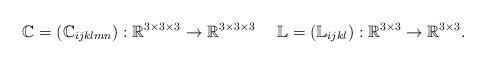
LaTeX: \begin{align*} \mathbb{C}=(\mathbb{C}_{ijklmn}):\mathbb{R}^{3\times3\times 3}\rightarrow\mathbb{R}^{3\times3\times 3} \ \ \ \ \mathbb{L}=(\mathbb{L}_{ijkl}):\mathbb{R}^{3\times3}\rightarrow\mathbb{R}^{3\times3}. \end{align*}